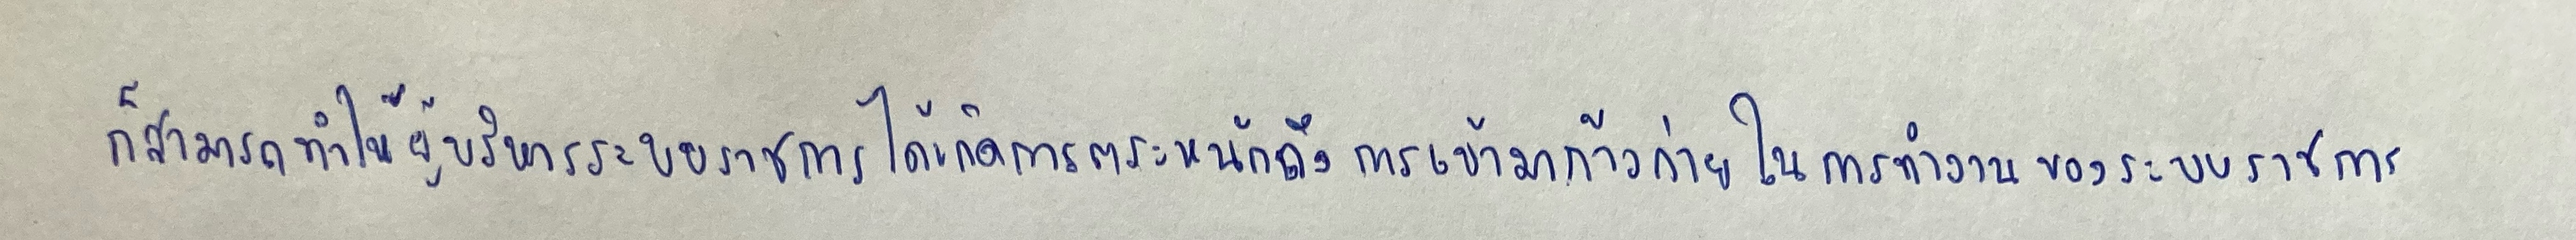
ก็สามารถทำให้ผู้บริหารระบบราชการได้เกิดการตระหนักถึงการเข้ามาก้าวก่ายในการทำงานของระบบราชการ